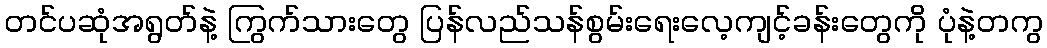
တင်ပဆုံအရွတ်နဲ့ ကြွက်သားတွေ ပြန်လည်သန်စွမ်းရေးလေ့ကျင့်ခန်းတွေကို ပုံနဲ့တကွ